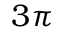
3 \pi